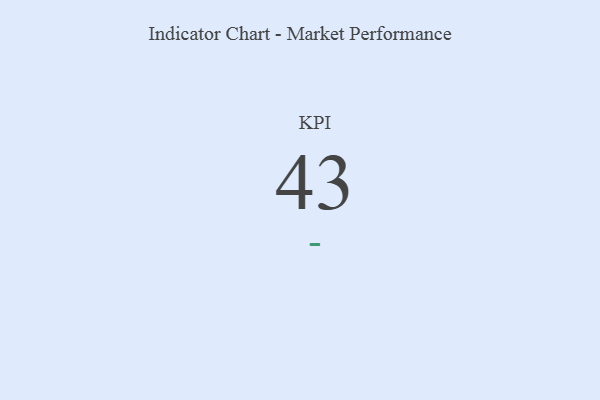
{"axis": {"x": "KPI", "y": "Value"}, "legend": [""], "data": [{"x": "KPI", "y": 43, "type": ""}]}